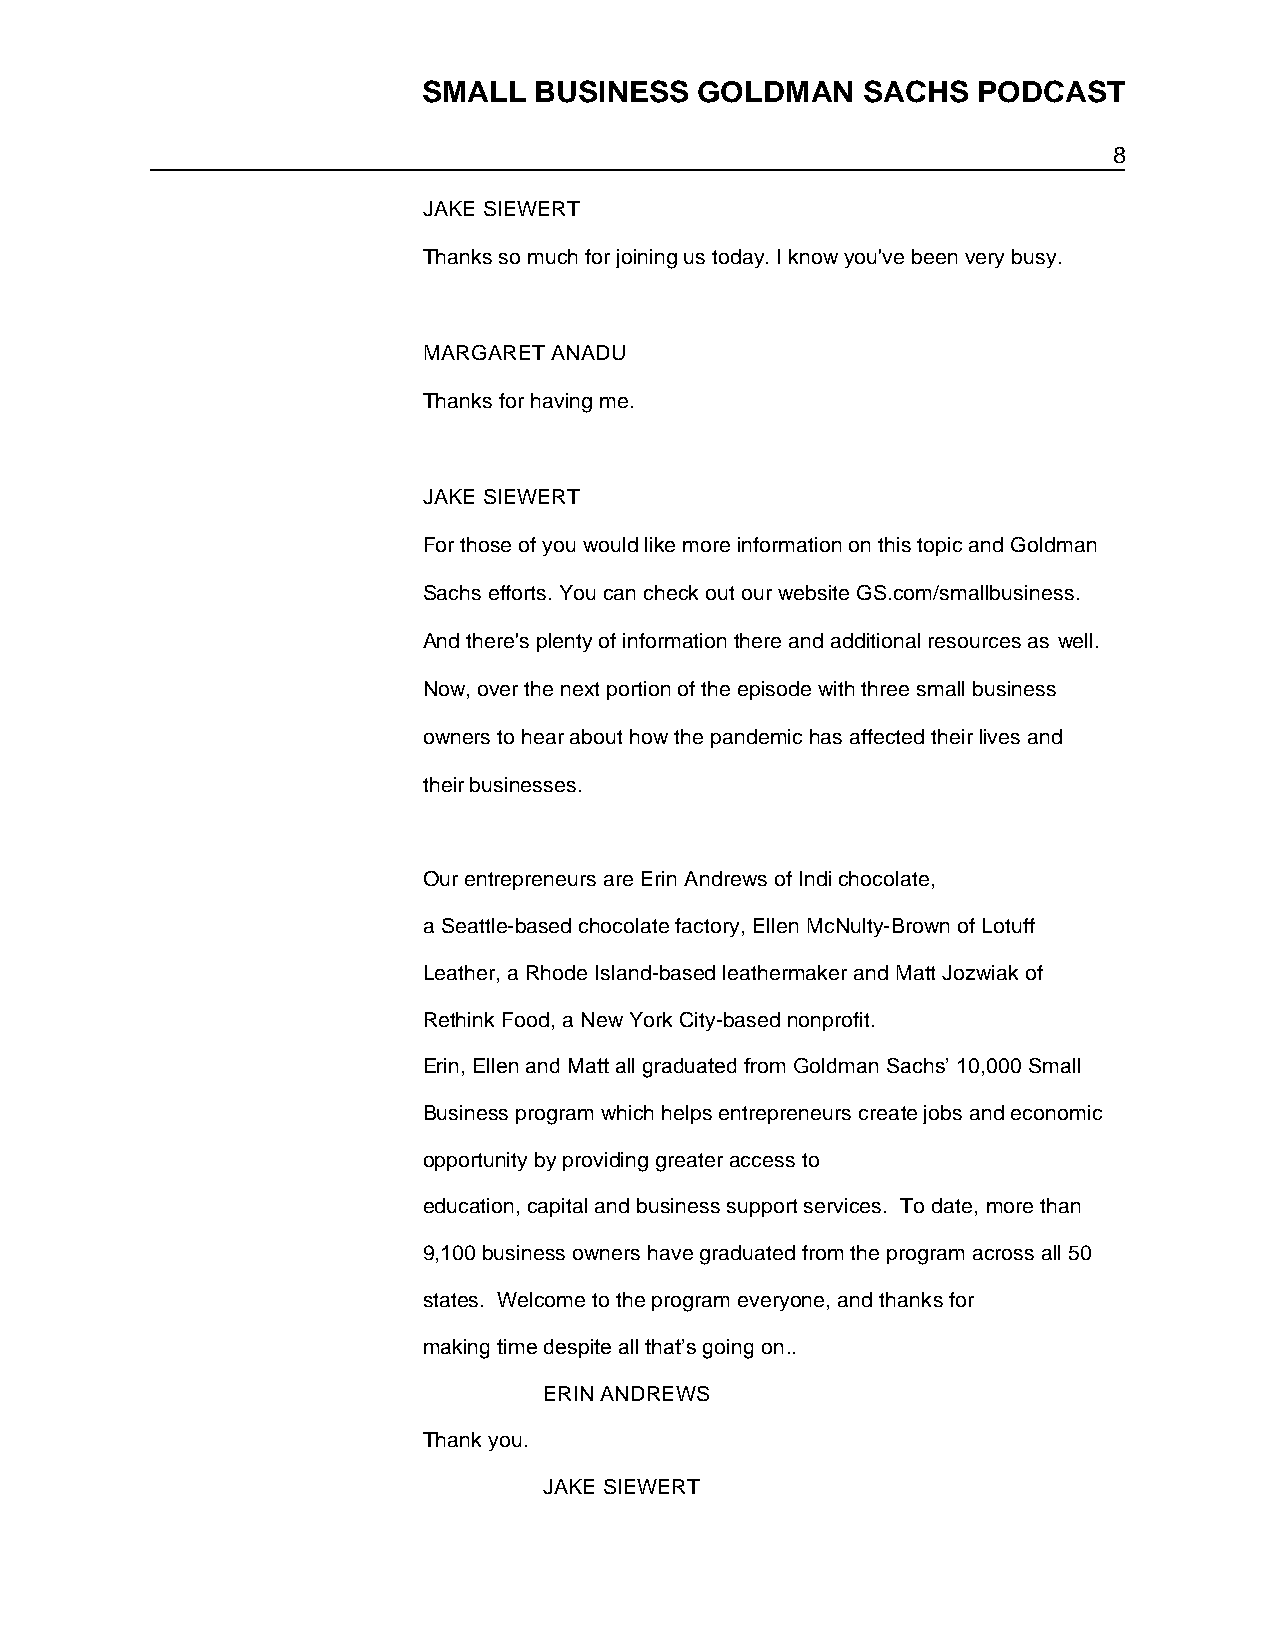
SMALL  BUSINESS   GOLDMAN    SACHS   PODCAST
 8
 JAKE SIEWERT
 Thanks so much for joining us today. I know you've been very busy.
 MARGARET ANADU
 Thanks for having me.
 JAKE SIEWERT
 For those of you would like more information on this topic and Goldman
 Sachs efforts. You can check out our website GS.com/smallbusiness.
 And there's plenty of information there and additional resources as well.
 Now, over the next portion of the episode with three small business
 owners to hear about how the pandemic has affected their lives and
 their businesses.
 Our entrepreneurs are Erin Andrews of Indi chocolate,
 a Seattle-based chocolate factory, Ellen McNulty-Brown of Lotuff
 Leather, a Rhode Island-based leathermaker and Matt Jozwiak of
 Rethink Food, a New York City-based nonprofit.
 Erin, Ellen and Matt all graduated from Goldman Sachs’ 10,000 Small
 Business program which helps entrepreneurs create jobs and economic
 opportunity by providing greater access to
 education, capital and business support services. To date, more than
 9,100 business owners have graduated from the program across all 50
 states. Welcome to the program everyone, and thanks for
 making time despite all that’s going on..
 ERIN ANDREWS
 Thank you.
 JAKE SIEWERT